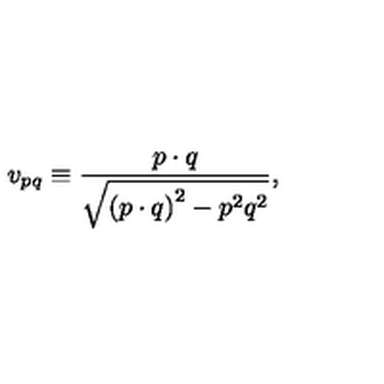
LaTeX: v _ { p q } \equiv \frac { p \cdot q } { \sqrt { \left( p \cdot q \right) ^ { 2 } - p ^ { 2 } q ^ { 2 } } } ,